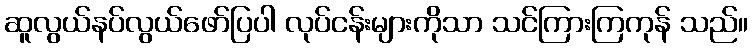
ဆူလွယ်နပ်လွယ်ဖော်ပြပါ လုပ်ငန်းများကိုသာ သင်ကြားကြကုန် သည်။